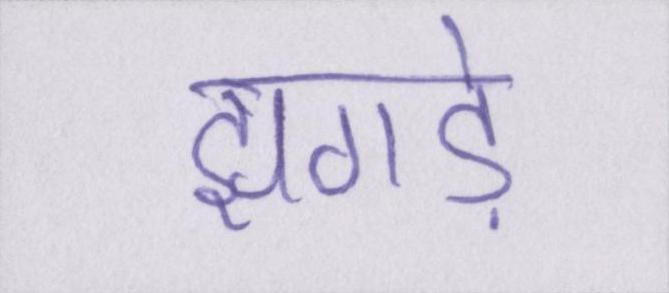
झगड़े